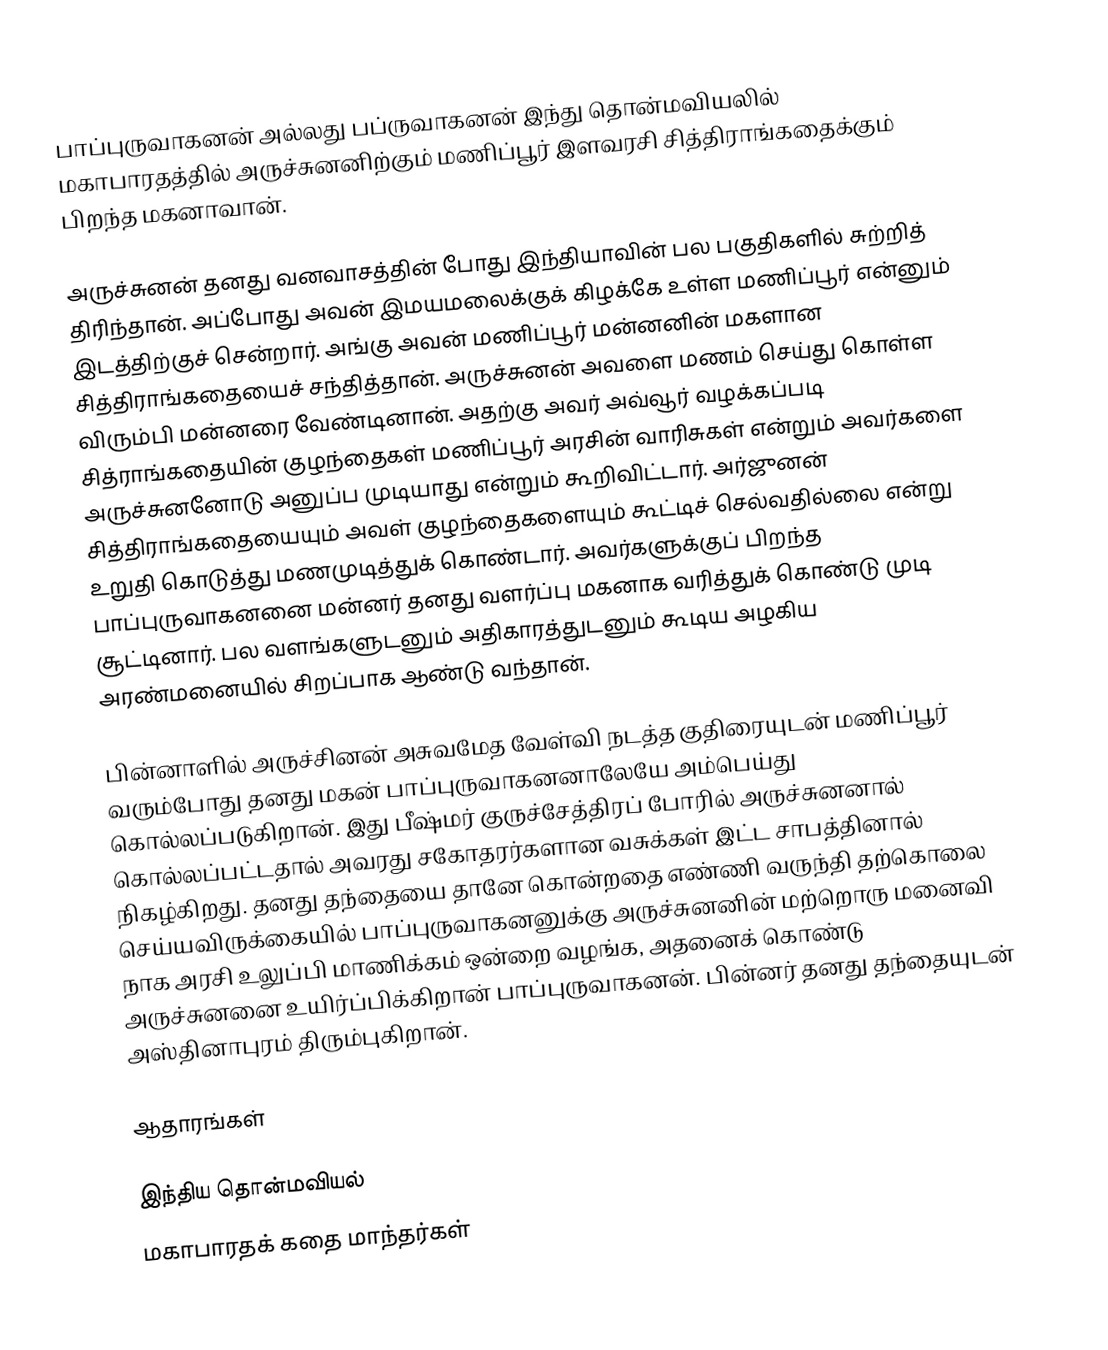
பாப்புருவாகனன் அல்லது பப்ருவாகனன் இந்து தொன்மவியலில் மகாபாரதத்தில் அருச்சுனனிற்கும் மணிப்பூர் இளவரசி சித்திராங்கதைக்கும் பிறந்த மகனாவான்.

அருச்சுனன் தனது வனவாசத்தின் போது இந்தியாவின் பல பகுதிகளில் சுற்றித் திரிந்தான். அப்போது அவன் இமயமலைக்குக் கிழக்கே உள்ள மணிப்பூர் என்னும் இடத்திற்குச் சென்றார். அங்கு அவன் மணிப்பூர் மன்னனின் மகளான சித்திராங்கதையைச் சந்தித்தான். அருச்சுனன் அவளை மணம் செய்து கொள்ள விரும்பி மன்னரை வேண்டினான். அதற்கு அவர் அவ்வூர் வழக்கப்படி சித்ராங்கதையின் குழந்தைகள் மணிப்பூர் அரசின் வாரிசுகள் என்றும் அவர்களை அருச்சுனனோடு அனுப்ப முடியாது என்றும் கூறிவிட்டார். அர்ஜுனன் சித்திராங்கதையையும் அவள் குழந்தைகளையும் கூட்டிச் செல்வதில்லை என்று உறுதி கொடுத்து மணமுடித்துக் கொண்டார். அவர்களுக்குப் பிறந்த பாப்புருவாகனனை மன்னர் தனது வளர்ப்பு மகனாக வரித்துக் கொண்டு முடி சூட்டினார். பல வளங்களுடனும் அதிகாரத்துடனும் கூடிய அழகிய அரண்மனையில் சிறப்பாக ஆண்டு வந்தான்.

பின்னாளில் அருச்சினன் அசுவமேத வேள்வி நடத்த குதிரையுடன் மணிப்பூர் வரும்போது தனது மகன் பாப்புருவாகனனாலேயே அம்பெய்து கொல்லப்படுகிறான். இது பீஷ்மர் குருச்சேத்திரப் போரில் அருச்சுனனால் கொல்லப்பட்டதால் அவரது சகோதரர்களான வசுக்கள் இட்ட சாபத்தினால் நிகழ்கிறது. தனது தந்தையை தானே கொன்றதை எண்ணி வருந்தி தற்கொலை செய்யவிருக்கையில் பாப்புருவாகனனுக்கு அருச்சுனனின் மற்றொரு மனைவி நாக அரசி உலுப்பி மாணிக்கம் ஒன்றை வழங்க, அதனைக் கொண்டு அருச்சுனனை உயிர்ப்பிக்கிறான் பாப்புருவாகனன். பின்னர் தனது தந்தையுடன் அஸ்தினாபுரம் திரும்புகிறான்.

ஆதாரங்கள்

இந்திய தொன்மவியல்
மகாபாரதக் கதை மாந்தர்கள்